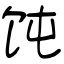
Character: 饨